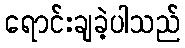
ရောင်းချခဲ့ပါသည်